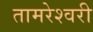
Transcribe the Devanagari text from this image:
तामरेश्वरी